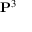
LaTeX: \mathbf { P } ^ { 3 }